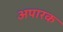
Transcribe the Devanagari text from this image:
अपारक